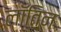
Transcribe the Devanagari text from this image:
लॉतिन